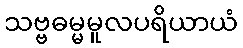
သဗ္ဗဓမ္မမူလပရိယာယံ